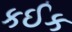
કઈક